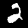
Digit: 2